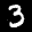
Label: 3